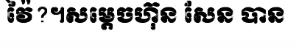
វ៉ៃ?។សម្តេចហ៊ុន សែន បាន